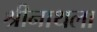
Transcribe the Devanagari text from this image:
श्रीनाथला